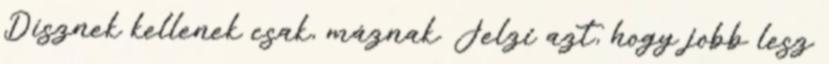
Dísznek kellenek csak, máznak. Jelzi azt, hogy jobb lesz